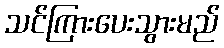
သင်ကြားပေးသွားမည်